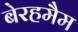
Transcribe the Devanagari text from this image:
बेरहमैम